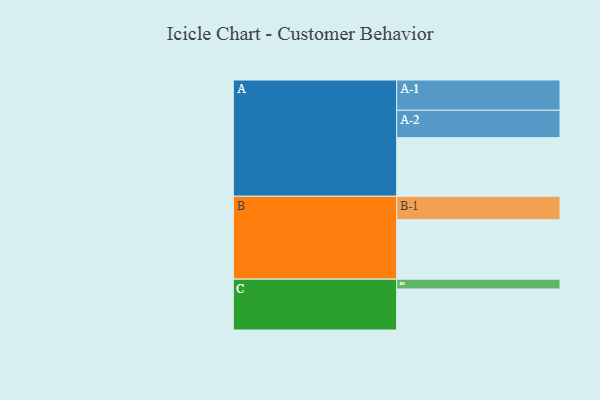
{"axis": {"x": "Segment", "y": "Value"}, "legend": ["", "A", "B", "C"], "data": [{"x": "A", "y": 453, "type": ""}, {"x": "B", "y": 460, "type": ""}, {"x": "C", "y": 317, "type": ""}, {"x": "A-1", "y": 234, "type": "A"}, {"x": "A-2", "y": 212, "type": "A"}, {"x": "B-1", "y": 181, "type": "B"}, {"x": "C-1", "y": 76, "type": "C"}]}